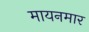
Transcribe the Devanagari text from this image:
मायनमार